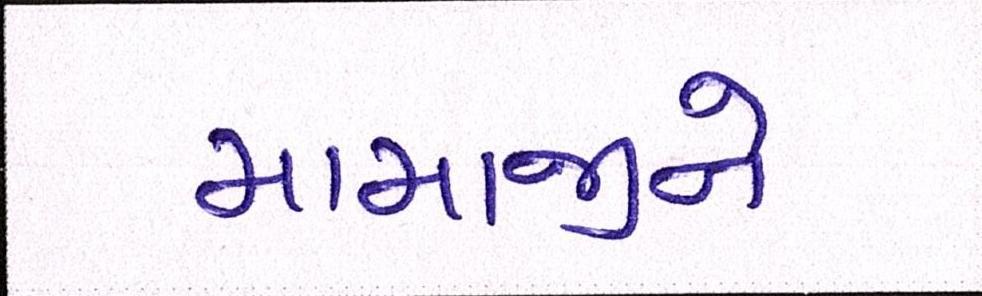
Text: મામાજીને